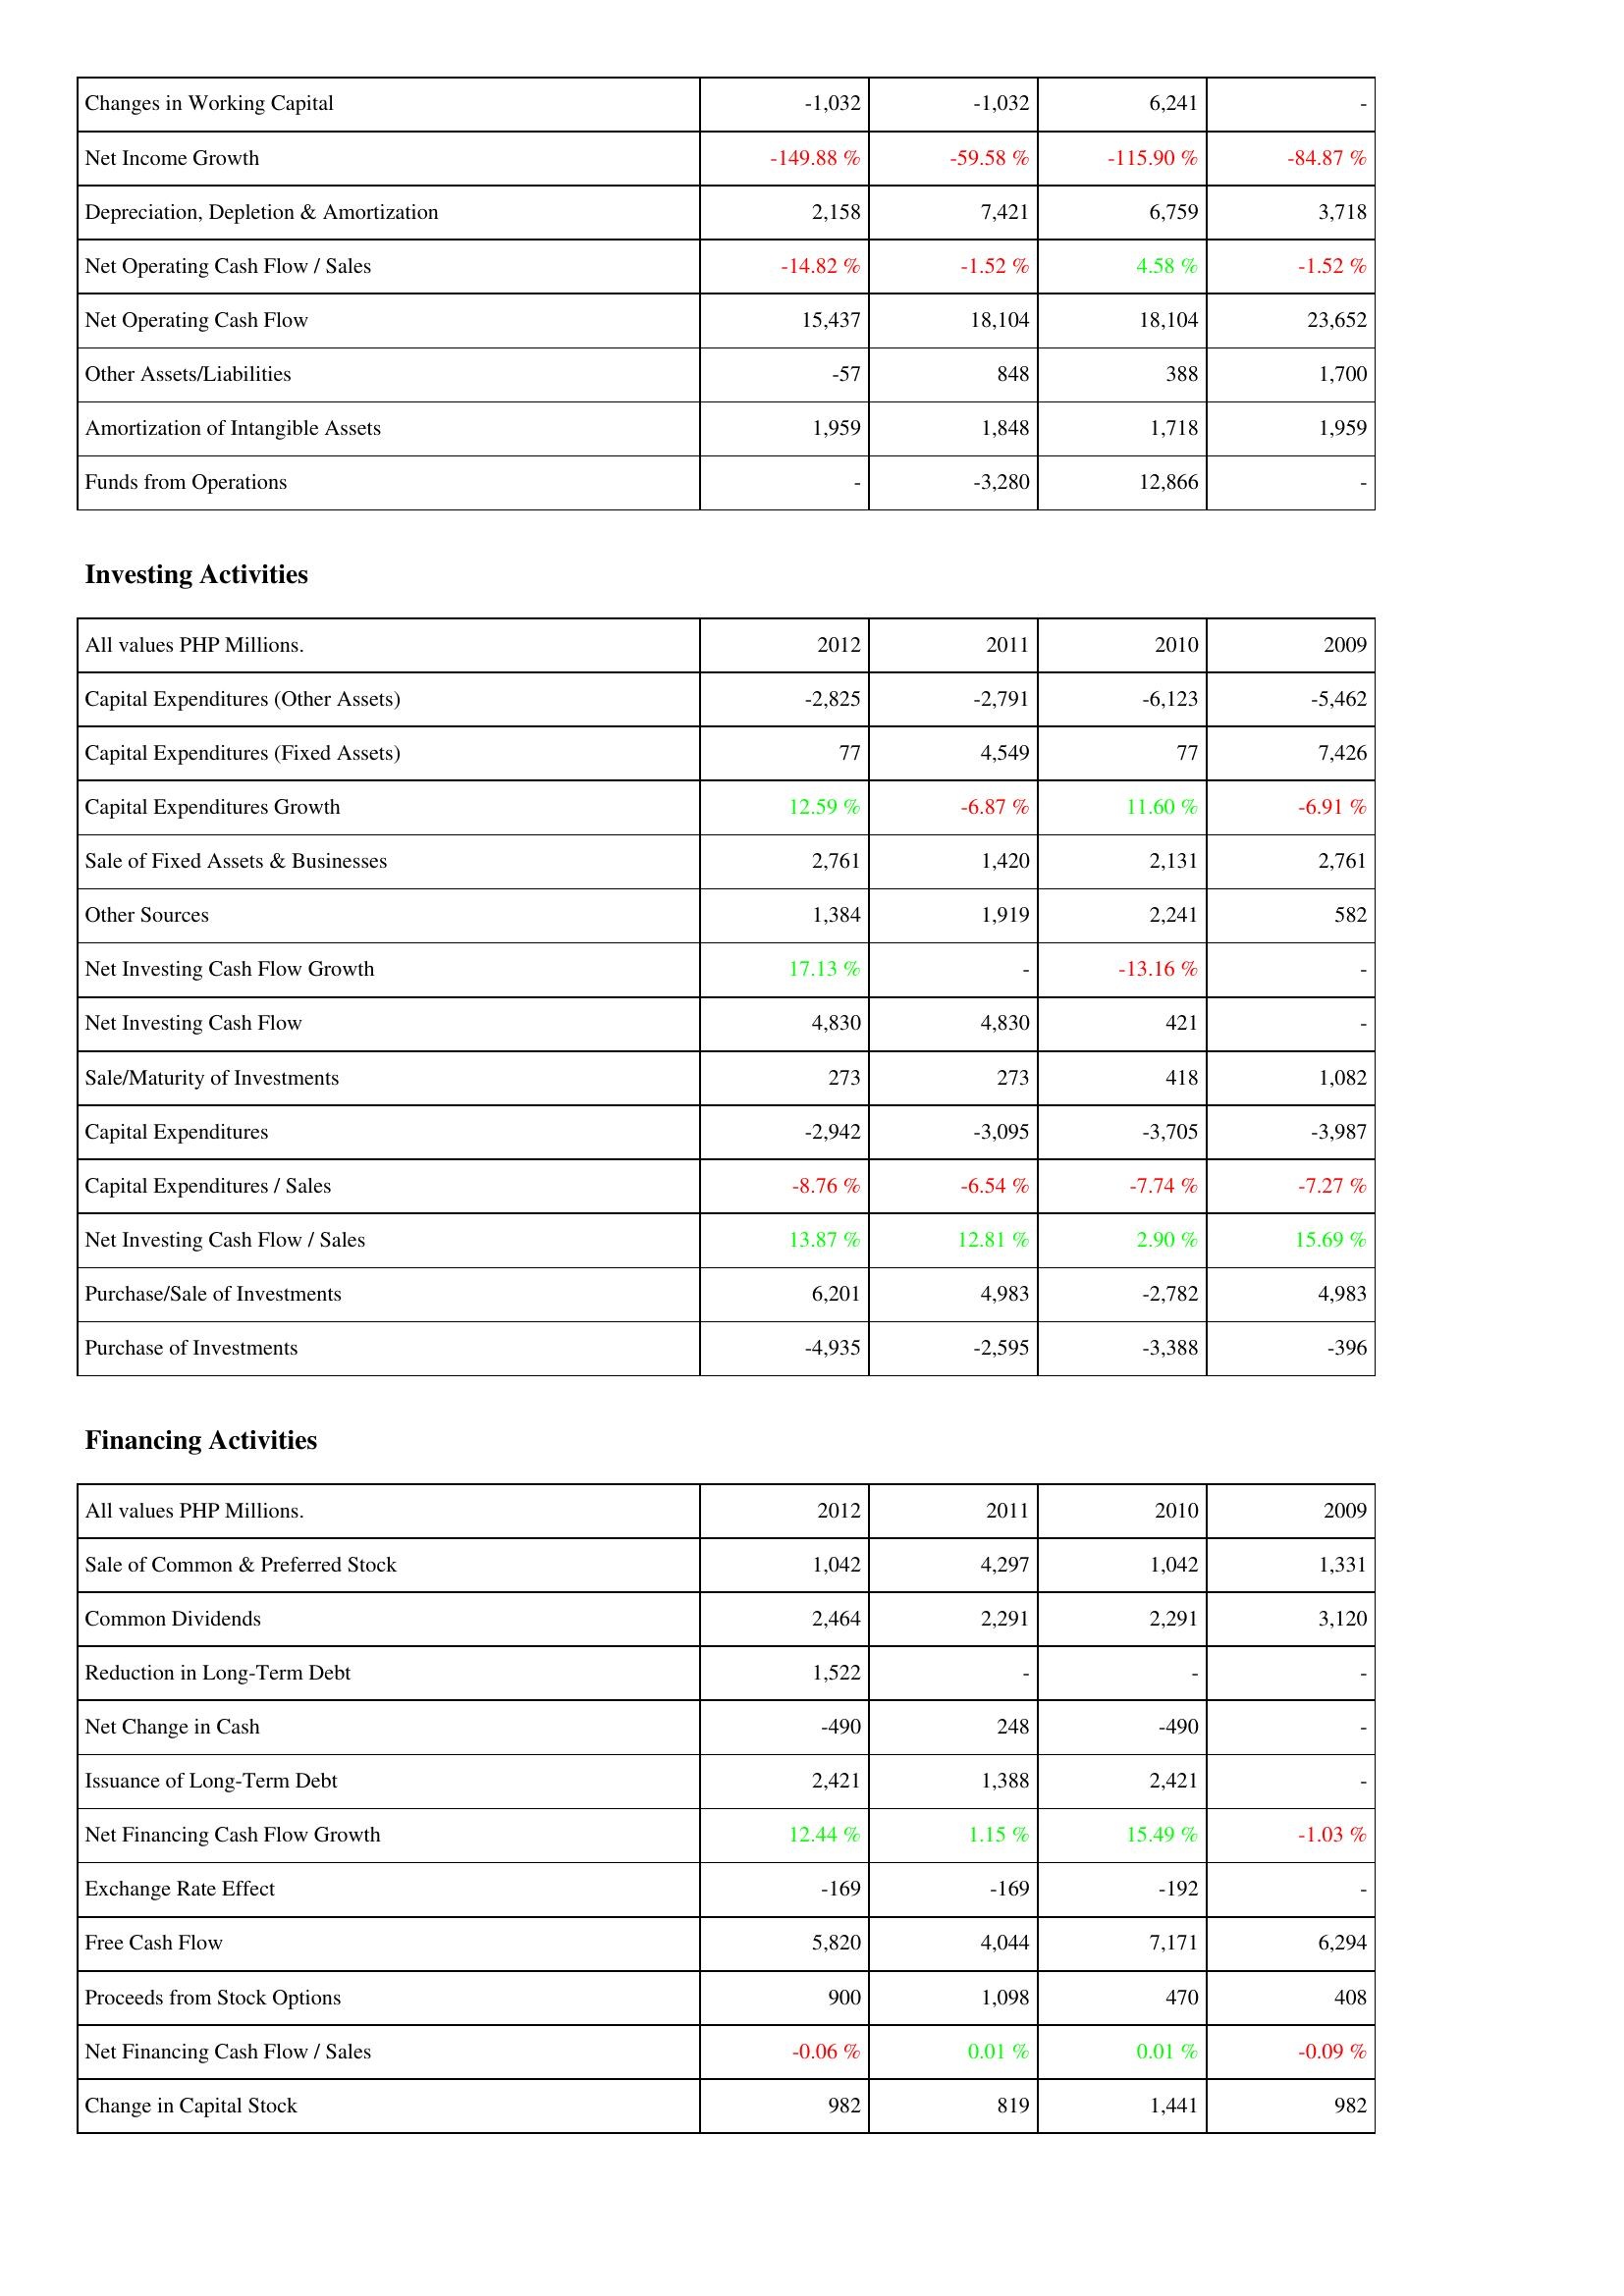
2012: Operating Activities: Changes in Working Capital: -1,032
Net Income Growth: -149.88 %
Depreciation, Depletion & Amortization: 2,158
Net Operating Cash Flow / Sales: -14.82 %
Net Operating Cash Flow: 15,437
Other Assets/Liabilities: -57
Amortization of Intangible Assets: 1,959
Funds from Operations: -
Investing Activities: Capital Expenditures (Other Assets): -2,825
Capital Expenditures (Fixed Assets): 77
Capital Expenditures Growth: 12.59 %
Sale of Fixed Assets & Businesses: 2,761
Other Sources: 1,384
Net Investing Cash Flow Growth: 17.13 %
Net Investing Cash Flow: 4,830
Sale/Maturity of Investments: 273
Capital Expenditures: -2,942
Capital Expenditures / Sales: -8.76 %
Net Investing Cash Flow / Sales: 13.87 %
Purchase/Sale of Investments: 6,201
Purchase of Investments: -4,935
Financing Activities: Sale of Common & Preferred Stock: 1,042
Common Dividends: 2,464
Reduction in Long-Term Debt: 1,522
Net Change in Cash: -490
Issuance of Long-Term Debt: 2,421
Net Financing Cash Flow Growth: 12.44 %
Exchange Rate Effect: -169
Free Cash Flow: 5,820
Proceeds from Stock Options: 900
Net Financing Cash Flow / Sales: -0.06 %
Change in Capital Stock: 982
2011: Operating Activities: Changes in Working Capital: -1,032
Net Income Growth: -59.58 %
Depreciation, Depletion & Amortization: 7,421
Net Operating Cash Flow / Sales: -1.52 %
Net Operating Cash Flow: 18,104
Other Assets/Liabilities: 848
Amortization of Intangible Assets: 1,848
Funds from Operations: -3,280
Investing Activities: Capital Expenditures (Other Assets): -2,791
Capital Expenditures (Fixed Assets): 4,549
Capital Expenditures Growth: -6.87 %
Sale of Fixed Assets & Businesses: 1,420
Other Sources: 1,919
Net Investing Cash Flow Growth: -
Net Investing Cash Flow: 4,830
Sale/Maturity of Investments: 273
Capital Expenditures: -3,095
Capital Expenditures / Sales: -6.54 %
Net Investing Cash Flow / Sales: 12.81 %
Purchase/Sale of Investments: 4,983
Purchase of Investments: -2,595
Financing Activities: Sale of Common & Preferred Stock: 4,297
Common Dividends: 2,291
Reduction in Long-Term Debt: -
Net Change in Cash: 248
Issuance of Long-Term Debt: 1,388
Net Financing Cash Flow Growth: 1.15 %
Exchange Rate Effect: -169
Free Cash Flow: 4,044
Proceeds from Stock Options: 1,098
Net Financing Cash Flow / Sales: 0.01 %
Change in Capital Stock: 819
2010: Operating Activities: Changes in Working Capital: 6,241
Net Income Growth: -115.90 %
Depreciation, Depletion & Amortization: 6,759
Net Operating Cash Flow / Sales: 4.58 %
Net Operating Cash Flow: 18,104
Other Assets/Liabilities: 388
Amortization of Intangible Assets: 1,718
Funds from Operations: 12,866
Investing Activities: Capital Expenditures (Other Assets): -6,123
Capital Expenditures (Fixed Assets): 77
Capital Expenditures Growth: 11.60 %
Sale of Fixed Assets & Businesses: 2,131
Other Sources: 2,241
Net Investing Cash Flow Growth: -13.16 %
Net Investing Cash Flow: 421
Sale/Maturity of Investments: 418
Capital Expenditures: -3,705
Capital Expenditures / Sales: -7.74 %
Net Investing Cash Flow / Sales: 2.90 %
Purchase/Sale of Investments: -2,782
Purchase of Investments: -3,388
Financing Activities: Sale of Common & Preferred Stock: 1,042
Common Dividends: 2,291
Reduction in Long-Term Debt: -
Net Change in Cash: -490
Issuance of Long-Term Debt: 2,421
Net Financing Cash Flow Growth: 15.49 %
Exchange Rate Effect: -192
Free Cash Flow: 7,171
Proceeds from Stock Options: 470
Net Financing Cash Flow / Sales: 0.01 %
Change in Capital Stock: 1,441
2009: Operating Activities: Changes in Working Capital: -
Net Income Growth: -84.87 %
Depreciation, Depletion & Amortization: 3,718
Net Operating Cash Flow / Sales: -1.52 %
Net Operating Cash Flow: 23,652
Other Assets/Liabilities: 1,700
Amortization of Intangible Assets: 1,959
Funds from Operations: -
Investing Activities: Capital Expenditures (Other Assets): -5,462
Capital Expenditures (Fixed Assets): 7,426
Capital Expenditures Growth: -6.91 %
Sale of Fixed Assets & Businesses: 2,761
Other Sources: 582
Net Investing Cash Flow Growth: -
Net Investing Cash Flow: -
Sale/Maturity of Investments: 1,082
Capital Expenditures: -3,987
Capital Expenditures / Sales: -7.27 %
Net Investing Cash Flow / Sales: 15.69 %
Purchase/Sale of Investments: 4,983
Purchase of Investments: -396
Financing Activities: Sale of Common & Preferred Stock: 1,331
Common Dividends: 3,120
Reduction in Long-Term Debt: -
Net Change in Cash: -
Issuance of Long-Term Debt: -
Net Financing Cash Flow Growth: -1.03 %
Exchange Rate Effect: -
Free Cash Flow: 6,294
Proceeds from Stock Options: 408
Net Financing Cash Flow / Sales: -0.09 %
Change in Capital Stock: 982